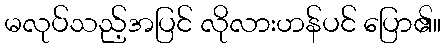
မလုပ်သည့်အပြင် လိုလားဟန်ပင် ပြော၏။